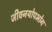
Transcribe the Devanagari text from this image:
जीवनयोपभोग